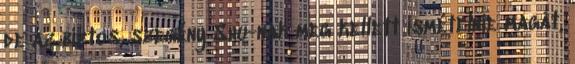
de az biztos, szegény Shu-nak meg kellett ismételnie magát,